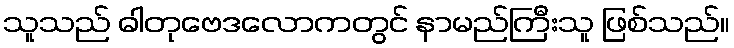
သူသည် ဓါတုဗေဒလောကတွင် နာမည်ကြီးသူ ဖြစ်သည်။